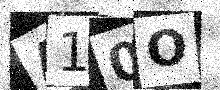
Text: A10O